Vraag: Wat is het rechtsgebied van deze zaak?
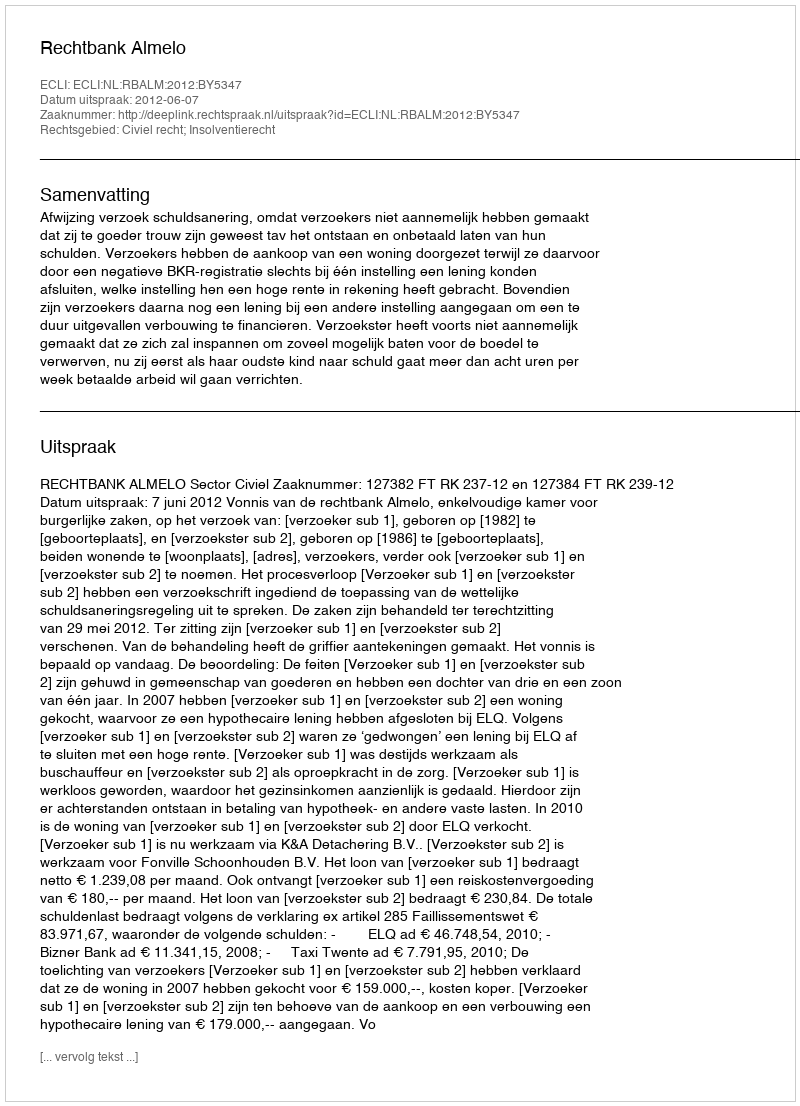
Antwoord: Civiel recht; Insolventierecht